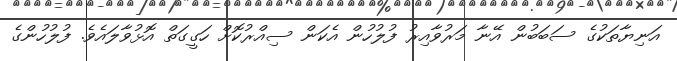
އަނިޔާތަކުގެ ސަބަބުން އޭނާ މަރުވާއިރު ފުލުހުން އެކަން ސިއްރުކޮށް ހަގީގަތް އޮޅުވާލައެވެ. ފުލުހުންގެ